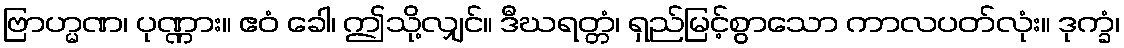
ဗြာဟ္မဏ၊ ပုဏ္ဏား။ ဧဝံ ခေါ၊ ဤသို့လျှင်။ ဒီဃရတ္တံ၊ ရှည်မြင့်စွာသော ကာလပတ်လုံး။ ဒုက္ခံ၊